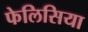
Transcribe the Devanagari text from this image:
फेलिसिया